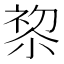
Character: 𭕋